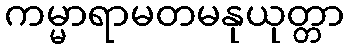
ကမ္မာရာမတမနုယုတ္တာ